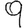
Digit: 9